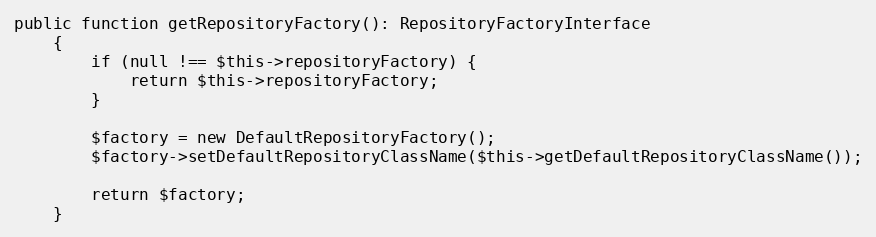
Language: PHP
public function getRepositoryFactory(): RepositoryFactoryInterface
    {
        if (null !== $this->repositoryFactory) {
            return $this->repositoryFactory;
        }

        $factory = new DefaultRepositoryFactory();
        $factory->setDefaultRepositoryClassName($this->getDefaultRepositoryClassName());

        return $factory;
    }